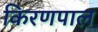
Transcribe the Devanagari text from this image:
किरणपाल